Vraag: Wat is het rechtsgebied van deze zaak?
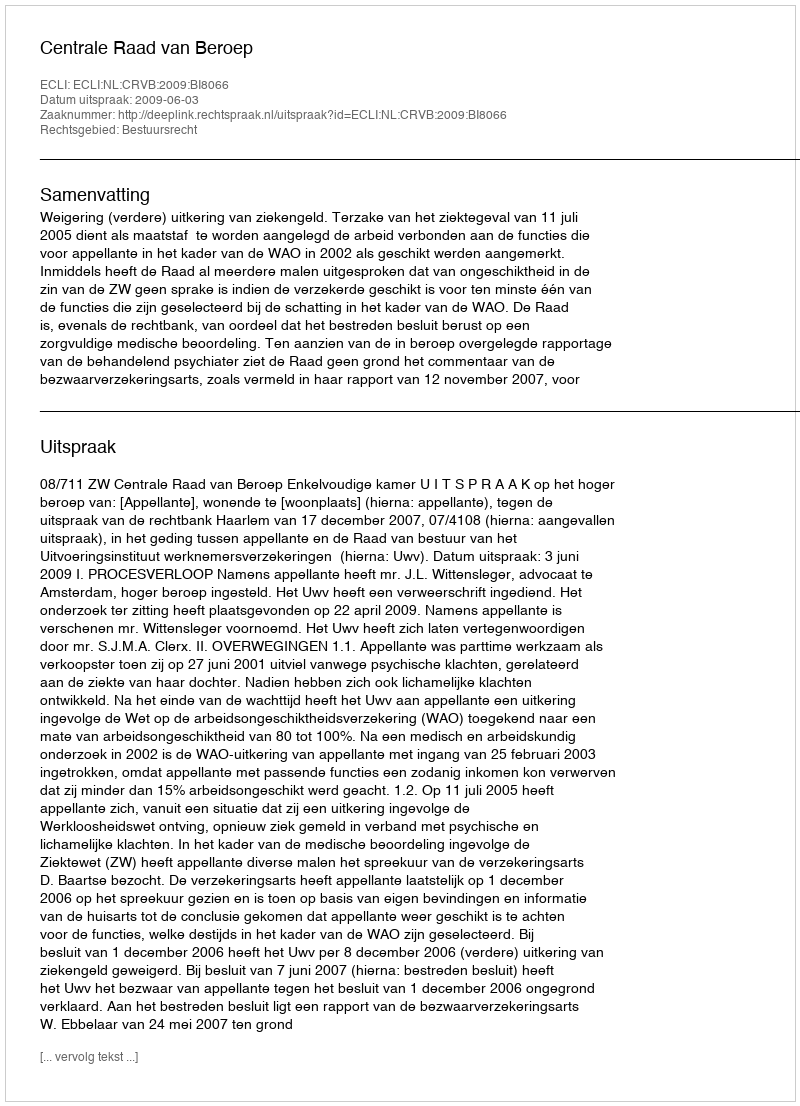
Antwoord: Bestuursrecht